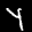
Label: 4